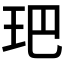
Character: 鿱